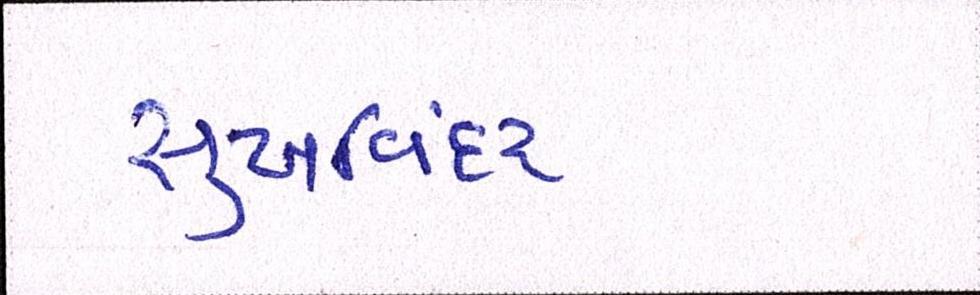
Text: સુખવિંદર